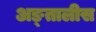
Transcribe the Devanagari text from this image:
अङ्तालीस